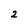
Character: 2